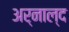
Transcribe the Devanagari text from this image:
अर्नाल्द